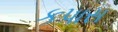
કપાસ